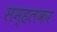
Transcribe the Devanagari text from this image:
सम्हलकर